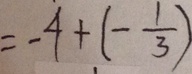
= - 4 + ( - \frac { 1 } { 3 } )